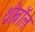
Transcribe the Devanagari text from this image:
थ्रोबॉल